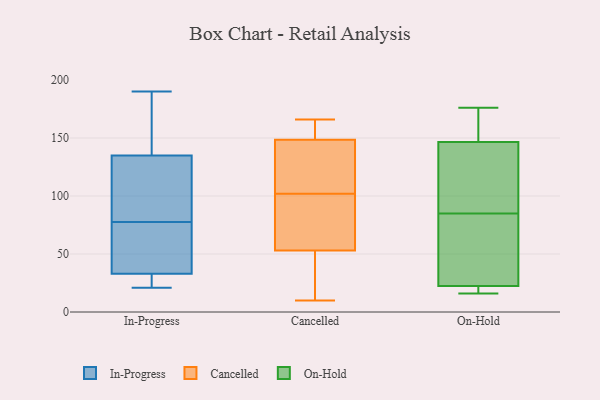
{"axis": {"x": "Humidity (%)", "y": "Value"}, "legend": ["Cancelled", "In-Progress", "On-Hold"], "data": [{"x": "", "y": 114, "type": "In-Progress"}, {"x": "", "y": 57, "type": "In-Progress"}, {"x": "", "y": 21, "type": "In-Progress"}, {"x": "", "y": 65, "type": "In-Progress"}, {"x": "", "y": 90, "type": "In-Progress"}, {"x": "", "y": 190, "type": "In-Progress"}, {"x": "", "y": 135, "type": "In-Progress"}, {"x": "", "y": 32, "type": "In-Progress"}, {"x": "", "y": 167, "type": "In-Progress"}, {"x": "", "y": 33, "type": "In-Progress"}, {"x": "", "y": 80, "type": "Cancelled"}, {"x": "", "y": 149, "type": "Cancelled"}, {"x": "", "y": 58, "type": "Cancelled"}, {"x": "", "y": 163, "type": "Cancelled"}, {"x": "", "y": 99, "type": "Cancelled"}, {"x": "", "y": 148, "type": "Cancelled"}, {"x": "", "y": 115, "type": "Cancelled"}, {"x": "", "y": 90, "type": "Cancelled"}, {"x": "", "y": 109, "type": "Cancelled"}, {"x": "", "y": 48, "type": "Cancelled"}, {"x": "", "y": 15, "type": "Cancelled"}, {"x": "", "y": 10, "type": "Cancelled"}, {"x": "", "y": 43, "type": "Cancelled"}, {"x": "", "y": 40, "type": "Cancelled"}, {"x": "", "y": 159, "type": "Cancelled"}, {"x": "", "y": 152, "type": "Cancelled"}, {"x": "", "y": 105, "type": "Cancelled"}, {"x": "", "y": 166, "type": "Cancelled"}, {"x": "", "y": 80, "type": "Cancelled"}, {"x": "", "y": 134, "type": "Cancelled"}, {"x": "", "y": 121, "type": "On-Hold"}, {"x": "", "y": 19, "type": "On-Hold"}, {"x": "", "y": 129, "type": "On-Hold"}, {"x": "", "y": 139, "type": "On-Hold"}, {"x": "", "y": 49, "type": "On-Hold"}, {"x": "", "y": 16, "type": "On-Hold"}, {"x": "", "y": 26, "type": "On-Hold"}, {"x": "", "y": 176, "type": "On-Hold"}, {"x": "", "y": 156, "type": "On-Hold"}, {"x": "", "y": 154, "type": "On-Hold"}, {"x": "", "y": 30, "type": "On-Hold"}, {"x": "", "y": 16, "type": "On-Hold"}]}